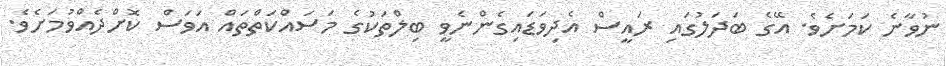
ނުވާނެ ކަމަށެވެ. އޭގެ ބަދަލުގައި ރައީސް އެދިވަޑައިގެންނެވީ ބިލްތަކުގެ މަސައްކަތްތައް އަވަސް ކޮށްދެއްވުމަށެވެ.